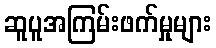
ဆူပူအကြမ်းဖက်မှုများ